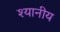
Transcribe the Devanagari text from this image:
श्यानीय